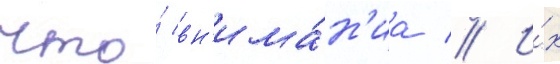
что́ вн'има́н'иа // И́х